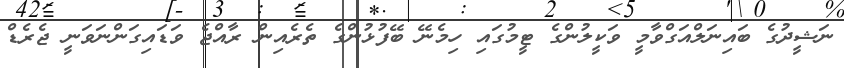
ނަޝީދުގެ ބައިނަލްއަގްވާމީ ވަކީލުންގެ ޓީމުގައި ހިމެނޭ ބޭފުޅުންގެ ތެރެއިން ރާއްޖެ ވަޑައިގަންނަވަނީ ޖެރެޑް